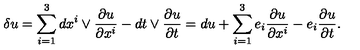
\delta u = \sum _ { i = 1 } ^ { 3 } d x ^ { i } \vee \frac { \partial u } { \partial x ^ { i } } - d t \vee \frac { \partial u } { \partial t } = d u + \sum _ { i = 1 } ^ { 3 } e _ { i } \frac { \partial u } { \partial x ^ { i } } - e _ { i } \frac { \partial u } { \partial t } .